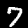
Label: 7